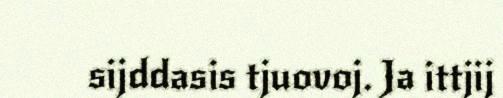
sijddasis tjuovoj. Ja ittjij